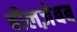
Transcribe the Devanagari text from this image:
बीलज़ेबब